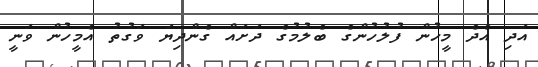
އަދި އެދެ މީހުން ފުލުހުންގެ ބެލުމުގެ ދަށައް ގެންދިޔަ ވަގުތު އެމީހުން ވަނީ